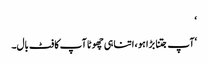
‘
‘آپ جتنا بڑا ہو ، اتنا ہی چھوٹا آپ کا فٹ بال۔